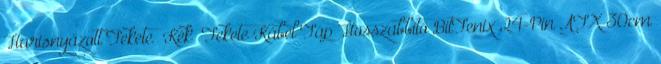
Harisnyázott Fekete Kék Fekete Kábel Táp Hosszabbító BitFenix 24-Pin ATX 30cm